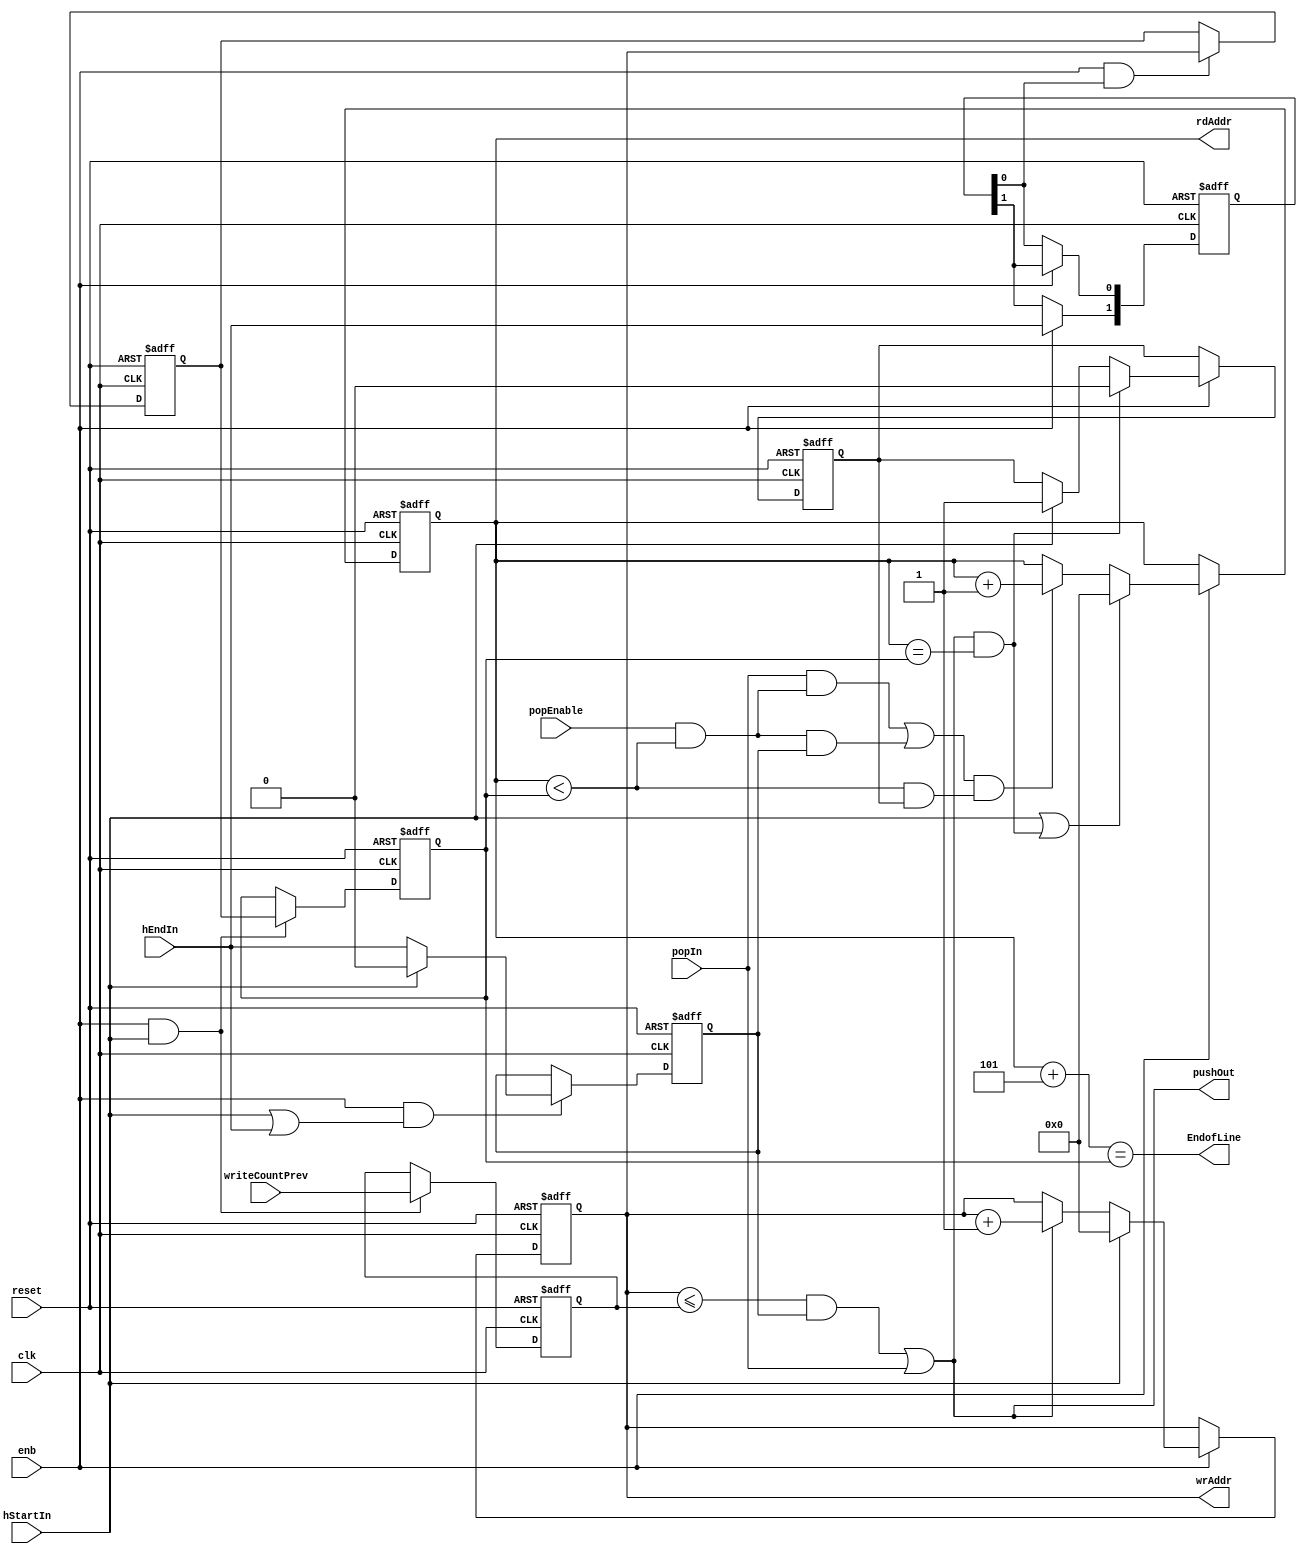
// -------------------------------------------------------------
// 
// 
// Generated by MATLAB 9.13 and HDL Coder 4.0
// 
// -------------------------------------------------------------


// -------------------------------------------------------------
// 
// Module: PushPopCounter
// Source Path: BlobAnalysisHDL/BlobDetector/CCA_Algorithm/Closing/LineBuffer/DATA_MEMORY/PushPopCounter
// Hierarchy Level: 5
// 
// -------------------------------------------------------------

`timescale 1 ns / 1 ns

module PushPopCounter
          (clk,
           reset,
           enb,
           hStartIn,
           popIn,
           popEnable,
           hEndIn,
           writeCountPrev,
           wrAddr,
           pushOut,
           rdAddr,
           EndofLine);


  input   clk;
  input   reset;
  input   enb;
  input   hStartIn;
  input   popIn;
  input   popEnable;
  input   hEndIn;
  input   [10:0] writeCountPrev;  // ufix11
  output  [10:0] wrAddr;  // ufix11
  output  pushOut;
  output  [10:0] rdAddr;  // ufix11
  output  EndofLine;


  reg [10:0] writePrevREG;  // ufix11
  wire InBetweenEn;
  wire ConstantZero;
  wire InBetweenRegIn;
  reg  InBetween;
  reg [10:0] writeCount;  // ufix11
  wire relop_relop1;
  wire writeContinue;
  wire writeEN;
  reg  [0:1] intdelay_reg;  // ufix1 [2]
  wire [0:1] intdelay_reg_next;  // ufix1 [2]
  wire writeStoreEn;
  reg [10:0] writeCountNext;  // ufix11
  reg [10:0] writeCountCurrent;  // ufix11
  wire [10:0] readCountCompare;  // ufix11
  wire readCountCompare_is_not0;
  wire popTerm2;
  wire relop_relop1_1;
  wire and_bool;
  wire readCountCompare_is_not0_1;
  wire popTerm1;
  wire popCounter;
  wire readReset;
  reg  readPop;
  reg [10:0] readCount;  // ufix11
  wire popcountless;
  wire relop_relop1_2;
  wire startOrEnd;
  wire [10:0] constantTwo;  // ufix11
  wire [10:0] readCountAhead;  // ufix11
  wire relop_relop1_3;


  always @(posedge clk or posedge reset)
    begin : reg_rsvd_process
      if (reset == 1'b1) begin
        writePrevREG <= 11'b00000000000;
      end
      else begin
        if (enb && hStartIn) begin
          writePrevREG <= writeCountPrev;
        end
      end
    end



  assign InBetweenEn = hStartIn | hEndIn;



  assign ConstantZero = 1'b0;



  assign InBetweenRegIn = (hStartIn == 1'b0 ? hEndIn :
              ConstantZero);



  always @(posedge clk or posedge reset)
    begin : reg_rsvd_1_process
      if (reset == 1'b1) begin
        InBetween <= 1'b0;
      end
      else begin
        if (enb && InBetweenEn) begin
          InBetween <= InBetweenRegIn;
        end
      end
    end



  assign relop_relop1 = writeCount <= writePrevREG;



  assign writeContinue = relop_relop1 & InBetween;



  assign writeEN = writeContinue | popIn;



  // Free running, Unsigned Counter
  //  initial value   = 0
  //  step value      = 1
  always @(posedge clk or posedge reset)
    begin : Write_Count_process
      if (reset == 1'b1) begin
        writeCount <= 11'b00000000000;
      end
      else begin
        if (enb) begin
          if (hStartIn == 1'b1) begin
            writeCount <= 11'b00000000000;
          end
          else if (writeEN == 1'b1) begin
            writeCount <= writeCount + 11'b00000000001;
          end
        end
      end
    end



  assign wrAddr = writeCount;

  assign pushOut = writeEN;

  always @(posedge clk or posedge reset)
    begin : intdelay_process
      if (reset == 1'b1) begin
        intdelay_reg[0] <= 1'b0;
        intdelay_reg[1] <= 1'b0;
      end
      else begin
        if (enb) begin
          intdelay_reg[0] <= intdelay_reg_next[0];
          intdelay_reg[1] <= intdelay_reg_next[1];
        end
      end
    end

  assign writeStoreEn = intdelay_reg[1];
  assign intdelay_reg_next[0] = hEndIn;
  assign intdelay_reg_next[1] = intdelay_reg[0];



  always @(posedge clk or posedge reset)
    begin : reg_rsvd_2_process
      if (reset == 1'b1) begin
        writeCountNext <= 11'b00000000000;
      end
      else begin
        if (enb && writeStoreEn) begin
          writeCountNext <= writeCount;
        end
      end
    end



  always @(posedge clk or posedge reset)
    begin : reg_rsvd_3_process
      if (reset == 1'b1) begin
        writeCountCurrent <= 11'b00000000000;
      end
      else begin
        if (enb && hStartIn) begin
          writeCountCurrent <= writeCountNext;
        end
      end
    end



  assign readCountCompare_is_not0 = readCountCompare != 11'b00000000000;



  assign popTerm2 = readCountCompare_is_not0 & InBetween;



  assign and_bool = popEnable & relop_relop1_1;



  assign readCountCompare = {10'b0, and_bool};



  assign readCountCompare_is_not0_1 = readCountCompare != 11'b00000000000;



  assign popTerm1 = popIn & readCountCompare_is_not0_1;



  assign popCounter = popTerm1 | popTerm2;



  always @(posedge clk or posedge reset)
    begin : readResetREG_process
      if (reset == 1'b1) begin
        readPop <= 1'b0;
      end
      else begin
        if (enb) begin
          if (readReset == 1'b1) begin
            readPop <= 1'b0;
          end
          else begin
            if (hStartIn) begin
              readPop <= hStartIn;
            end
          end
        end
      end
    end



  assign relop_relop1_1 = readCount < writeCountCurrent;



  assign popcountless = popCounter & (relop_relop1_1 & readPop);



  assign relop_relop1_2 = readCount == writeCountCurrent;



  assign readReset = writeEN & relop_relop1_2;



  assign startOrEnd = hStartIn | readReset;



  // Free running, Unsigned Counter
  //  initial value   = 0
  //  step value      = 1
  always @(posedge clk or posedge reset)
    begin : Read_Count_process
      if (reset == 1'b1) begin
        readCount <= 11'b00000000000;
      end
      else begin
        if (enb) begin
          if (startOrEnd == 1'b1) begin
            readCount <= 11'b00000000000;
          end
          else if (popcountless == 1'b1) begin
            readCount <= readCount + 11'b00000000001;
          end
        end
      end
    end



  assign rdAddr = readCount;

  assign constantTwo = 11'b00000000101;



  assign readCountAhead = readCount + constantTwo;



  assign relop_relop1_3 = readCountAhead == writeCountCurrent;



  assign EndofLine = relop_relop1_3;

endmodule  // PushPopCounter